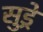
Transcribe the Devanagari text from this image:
सुड्रे